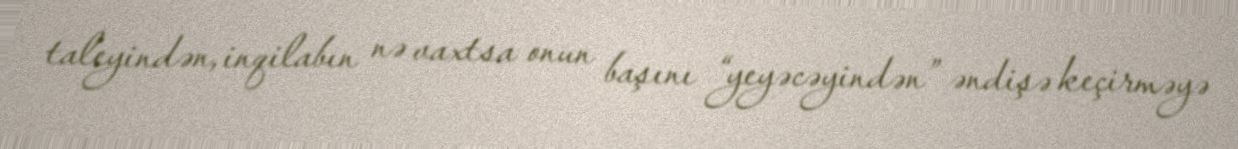
taleyindən, inqilabın nə vaxtsa onun başını “yeyəcəyindən” əndişə keçirməyə